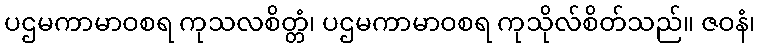
ပဌမကာမာဝစရ ကုသလစိတ္တံ၊ ပဌမကာမာဝစရ ကုသိုလ်စိတ်သည်။ ဇဝနံ၊